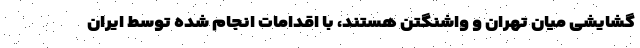
گشایشی میان تهران و واشنگتن هستند، با اقدامات انجام شده توسط ایران